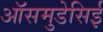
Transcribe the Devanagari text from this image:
ऑसमुडेसिई